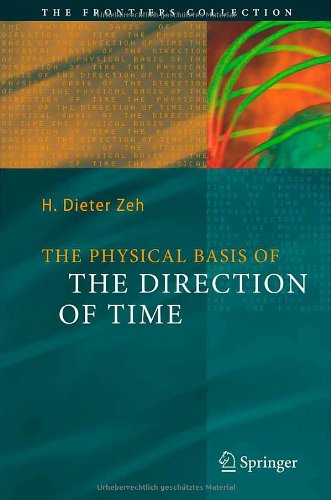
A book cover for The Physical Basis of The Direction of Time (The Frontiers Collection); H. Dieter Zeh; Science & Math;